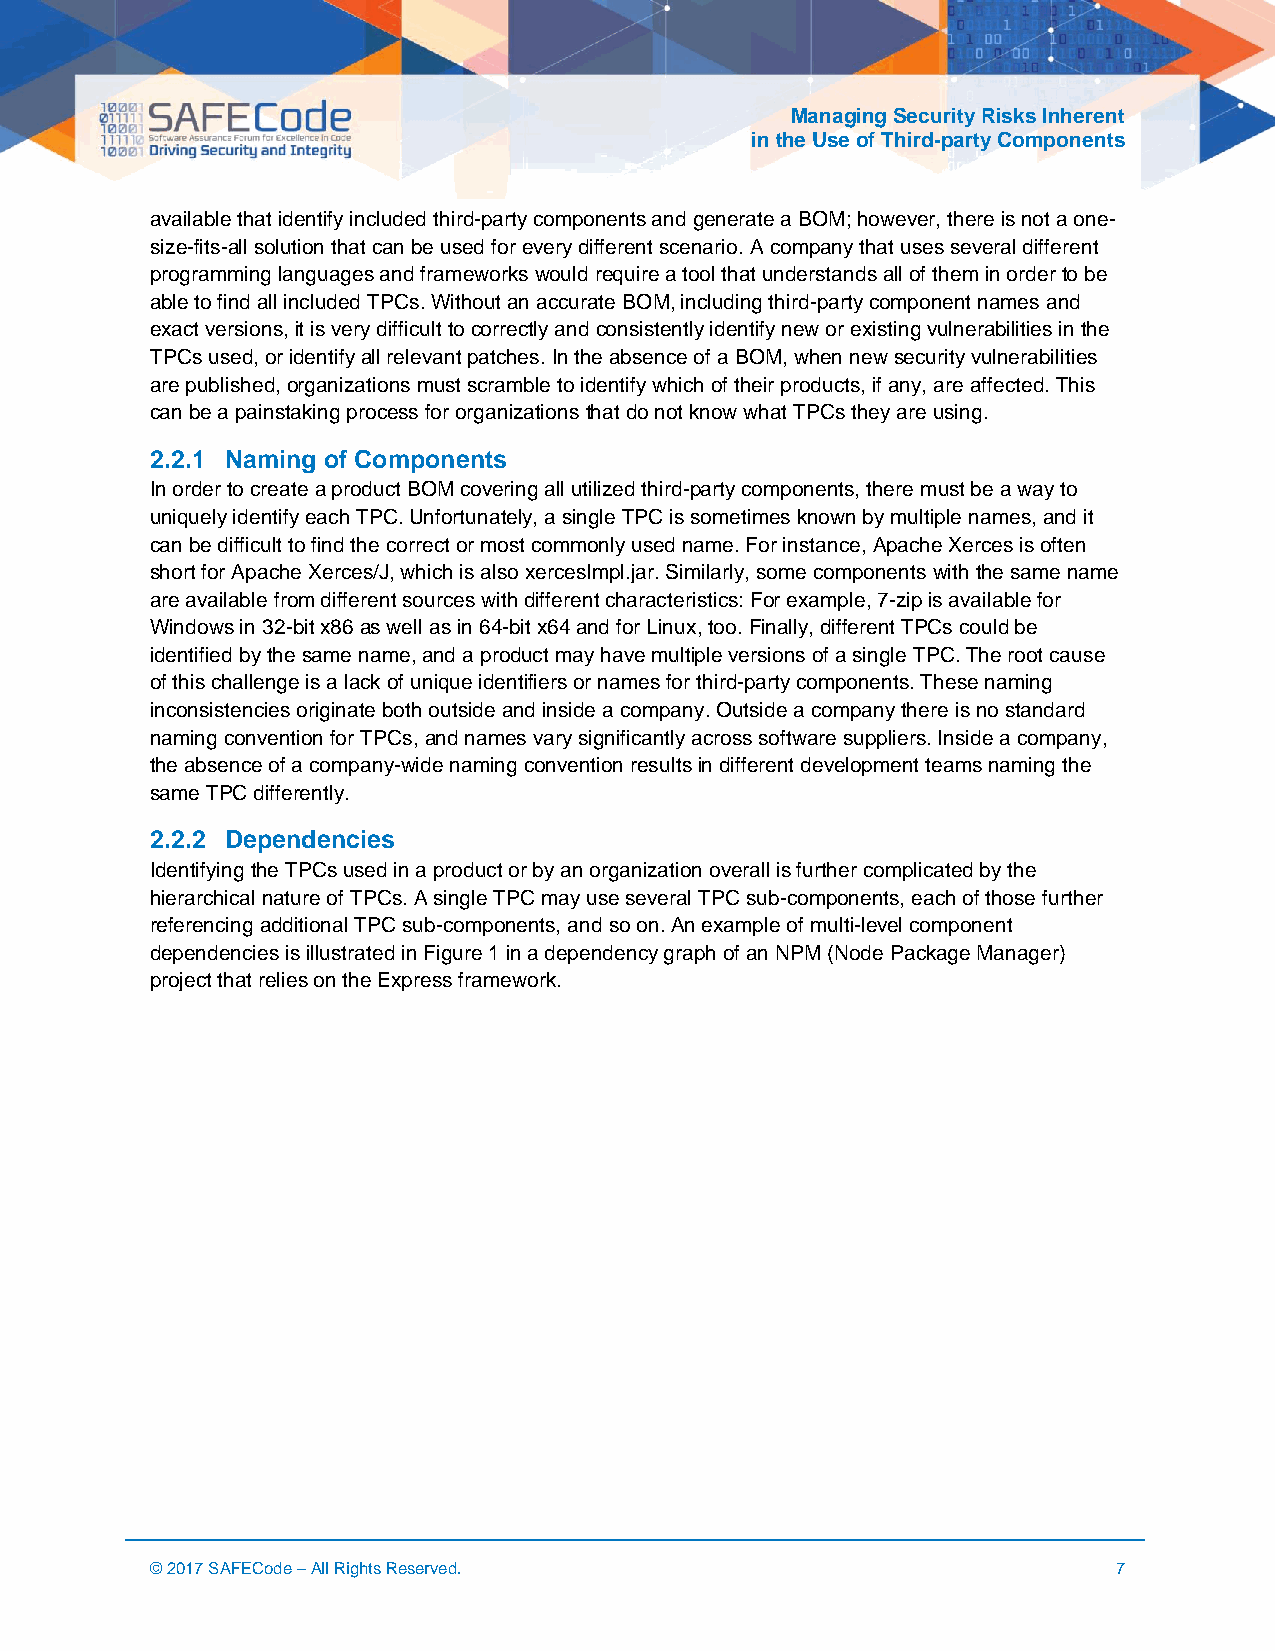
Managing Security Risks Inherent
 in the Use of Third-party Components
 available that identify included third-party components and generate a BOM; however, there is not a one-
 size-fits-all solution that can be used for every different scenario. A company that uses several different
 programming languages and frameworks would require a tool that understands all of them in order to be
 able to find all included TPCs. Without an accurate BOM, including third-party component names and
 exact versions, it is very difficult to correctly and consistently identify new or existing vulnerabilities in the
 TPCs used, or identify all relevant patches. In the absence of a BOM, when new security vulnerabilities
 are published, organizations must scramble to identify which of their products, if any, are affected. This
 can be a painstaking process for organizations that do not know what TPCs they are using.
 2.2.1 Naming of Components
 In order to create a product BOM covering all utilized third-party components, there must be a way to
 uniquely identify each TPC. Unfortunately, a single TPC is sometimes known by multiple names, and it
 can be difficult to find the correct or most commonly used name. For instance, Apache Xerces is often
 short for Apache Xerces/J, which is also xercesImpl.jar. Similarly, some components with the same name
 are available from different sources with different characteristics: For example, 7-zip is available for
 Windows in 32-bit x86 as well as in 64-bit x64 and for Linux, too. Finally, different TPCs could be
 identified by the same name, and a product may have multiple versions of a single TPC. The root cause
 of this challenge is a lack of unique identifiers or names for third-party components. These naming
 inconsistencies originate both outside and inside a company. Outside a company there is no standard
 naming convention for TPCs, and names vary significantly across software suppliers. Inside a company,
 the absence of a company-wide naming convention results in different development teams naming the
 same TPC differently.
 2.2.2 Dependencies
 Identifying the TPCs used in a product or by an organization overall is further complicated by the
 hierarchical nature of TPCs. A single TPC may use several TPC sub-components, each of those further
 referencing additional TPC sub-components, and so on. An example of multi-level component
 dependencies is illustrated in Figure 1 in a dependency graph of an NPM (Node Package Manager)
 project that relies on the Express framework.
 © 2017 SAFECode – All Rights Reserved.                          7